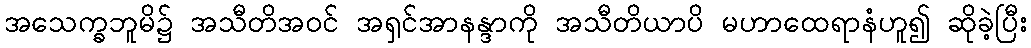
အသေက္ခဘူမိ၌ အသီတိအဝင် အရှင်အာနန္ဒာကို အသီတိယာပိ မဟာထေရာနံဟူ၍ ဆိုခဲ့ပြီး